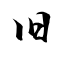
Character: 旧